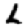
Digit: 6